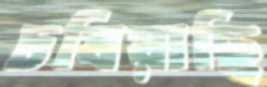
চষিয়াছি